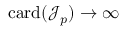
\mathrm { c a r d } ( \mathcal { J } _ { p } ) \to \infty